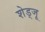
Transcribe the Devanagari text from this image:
शेड्जू